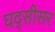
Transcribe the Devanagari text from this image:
घद्सीसर